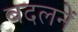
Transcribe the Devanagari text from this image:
बदलनें